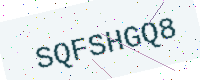
Text: SQFSHGQ8